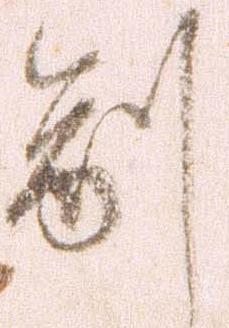
副